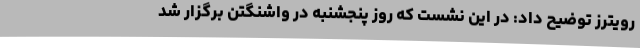
رویترز توضیح داد: در این نشست که روز پنجشنبه در واشنگتن برگزار شد